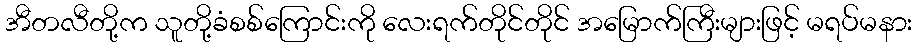
အီတလီတို့က သူတို့ခံစစ်ကြောင်းကို လေးရက်တိုင်တိုင် အမြောက်ကြီးများဖြင့် မရပ်မနား